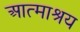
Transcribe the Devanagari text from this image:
आत्माश्रय